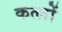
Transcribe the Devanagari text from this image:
कत्लों